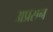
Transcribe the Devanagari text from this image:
अप्रसन